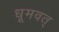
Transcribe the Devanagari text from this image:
धूमवत्